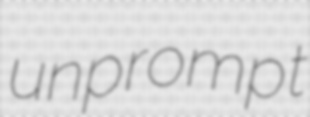
unprompt